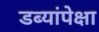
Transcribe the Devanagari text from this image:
डब्यांपेक्षा